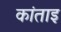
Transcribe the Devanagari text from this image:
कांताइ